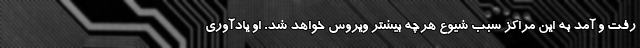
رفت و آمد به این مراکز سبب شیوع هرچه بیشتر ویروس خواهد شد. او یادآوری